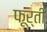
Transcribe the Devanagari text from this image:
फूर्ती